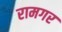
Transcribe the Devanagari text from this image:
रामगर